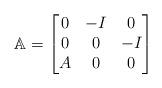
LaTeX: \begin{align*}\mathbb{A} = \begin{bmatrix}0 & -I & 0 \\0 & 0 & -I \\ A & 0 & 0\end{bmatrix}\end{align*}